Senior Leaving Certificate Examination (including Day School Certificate (Higher) General paper), 1947
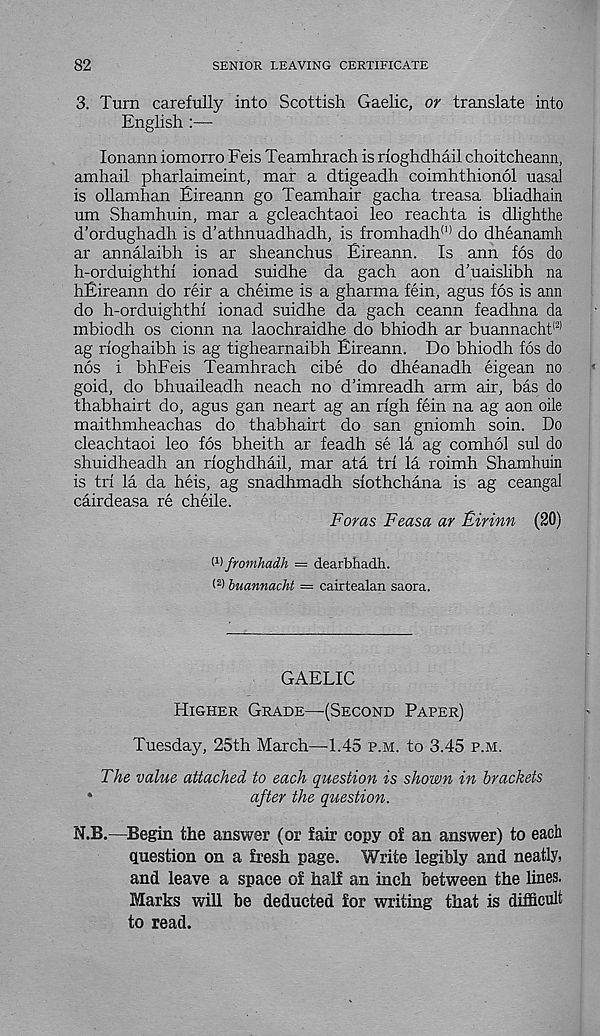
82
SENIOR LEAVING CERTIFICATE
3. Turn carefully into Scottish Gaelic, or translate into
English :—
lonann iomorro Feis Teamhrach is rioghdhail choitcheann,
amhail pharlaimeint, mar a dtigeadh coimhthionol uasal
is ollamhan Eireann go Teamhair gacha treasa bliadhain
um Shamhuin, mar a gcleachtaoi leo reachta is dlighthe
d’ordughadh is d’athnuadhadh, is fromhadh (,) do dheanamh
ar annalaibh is ar sheanchus Eireann. Is ann fos do
h-orduighthi ionad suidhe da gach aon d’uaislibh na
hEireann do reir a cheime is a gharma fein, agus fos is ann
do h-orduighthf ionad suidhe da gach ceann feadhna da
mbiodh os cionn na laochraidhe do bhiodh ar buannacht !2)
ag rfoghaibh is ag tighearnaibh Eireann. Do bhiodh fos do
nos i bhFeis Teamhrach cibe do dheanadh eigean no
goid, do bhuaileadh neach no d’imreadh arm air, bas do
thabhairt do, agus gan neart ag an rfgh fein na ag aon oile
maithmheachas do thabhairt do san gniomh soin. Do
cleachtaoi leo fos bheith ar feadh se la ag comhol sul do
shuidheadh an rioghdhail, mar ata trl la roimh Shamhuin
is tri la da heis, ag snadhmadh slothchana is ag ceangal
cairdeasa re cheile.
Foras Feasa ar Firinn (20)
I 1 ) fromhadh — dearbhadh.
( z > buannacht = cairtealan saora.
GAELIC
Higher Grade—(Second Paper)
Tuesday, 25th March—1.45 p.m. to 3.45 p.m.
The value attached to each question is shown in brackets
*
after the question.
N.B.—Begin the answer (or fair copy of an answer) to each
question on a fresh page. Write legibly and neatly,
and leave a space of half an inch between the lines.
Marks will be deducted for writing that is difficult
to read.